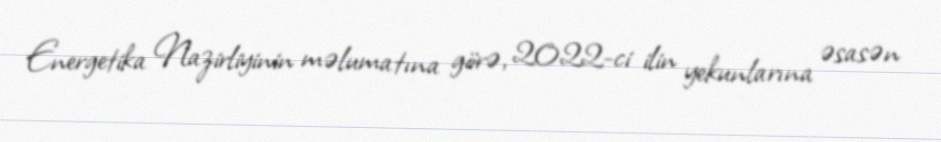
Energetika Nazirliyinin məlumatına görə, 2022-ci ilin yekunlarına əsasən